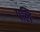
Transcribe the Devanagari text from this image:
पलि